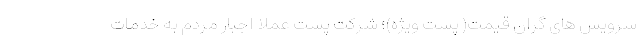
سرویس های گران قیمت( پست ویژه)؛ شرکت پست عملا اجبار مردم به خدمات